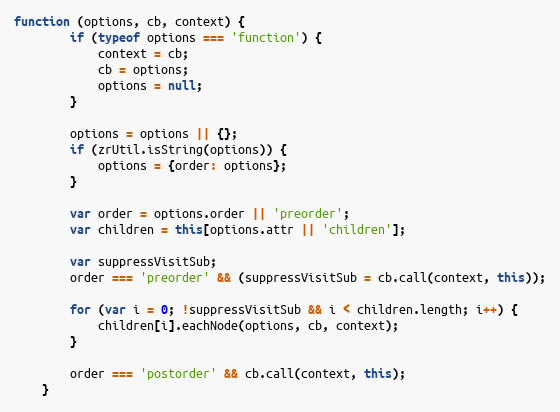
Language: JavaScript
function (options, cb, context) {
        if (typeof options === 'function') {
            context = cb;
            cb = options;
            options = null;
        }

        options = options || {};
        if (zrUtil.isString(options)) {
            options = {order: options};
        }

        var order = options.order || 'preorder';
        var children = this[options.attr || 'children'];

        var suppressVisitSub;
        order === 'preorder' && (suppressVisitSub = cb.call(context, this));

        for (var i = 0; !suppressVisitSub && i < children.length; i++) {
            children[i].eachNode(options, cb, context);
        }

        order === 'postorder' && cb.call(context, this);
    }